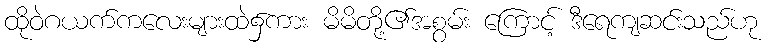
ထိုဝဲဂယက်ကလေးများထဲ၌ကား မိမိတို့၏အစွမ်း ကြောင့် ဒီရေကျဆင်းသည်ဟု